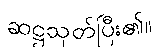
ဆဋ္ဌသုတ်ပြီး၏။